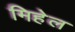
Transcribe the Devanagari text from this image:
मिहेल